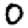
Digit: 0